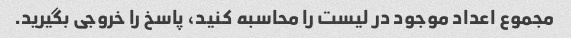
مجموع اعداد موجود در لیست را محاسبه کنید، پاسخ را خروجی بگیرید.